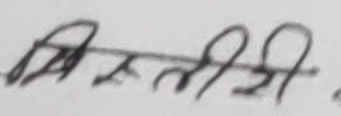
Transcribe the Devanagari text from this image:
भित्ती